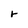
Character: r